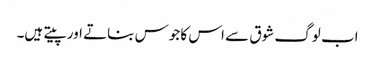
اب لوگ شوق سے اس کا جوس بناتے اور پیتے ہیں۔